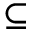
\subseteq